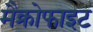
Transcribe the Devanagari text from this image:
मैक्रोफाइट